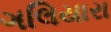
ગલિયારા